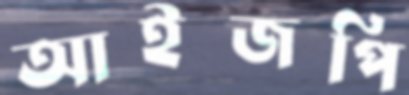
আইজপি